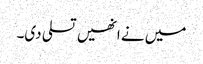
میں نے انھیں تسلی دی۔